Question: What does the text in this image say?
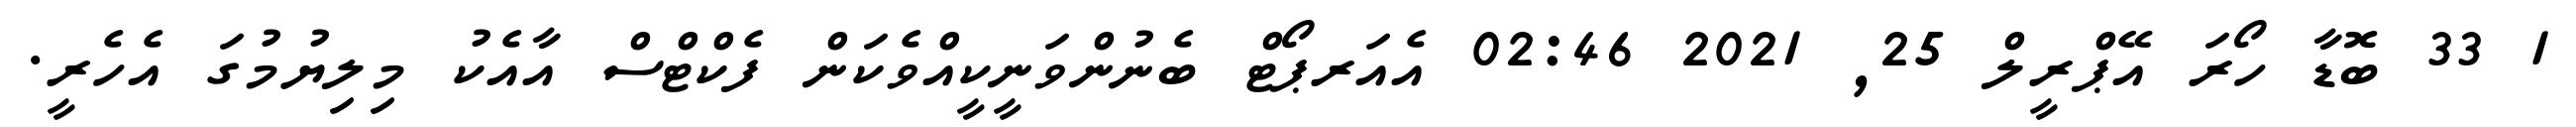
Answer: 1 33 ބޮޑާ ހޯރަ އޭޕްރީލް 25, 2021 02:46 އެއަރޕޯޓް ބެނުންވަނީކީއްވެކަން ފެކްޓްސް އާއެކު މިލިޔުމުގަ އެހެރީ.